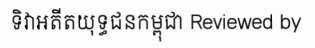
ទិវាអតីតយុទ្ធជនកម្ពុជា Reviewed by